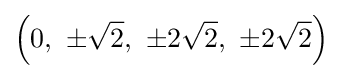
\left(0,\ \pm {\sqrt {2}},\ \pm 2{\sqrt {2}},\ \pm 2{\sqrt {2}}\right)